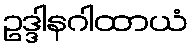
ဥဒ္ဒါနဂါထာယံ